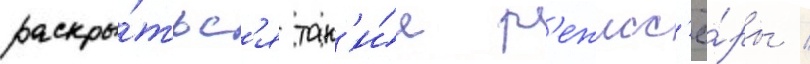
раскры́тьс'я так'и́е р'ежисс'ё́ры /